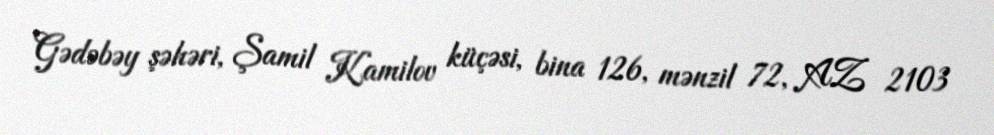
Gədəbəy şəhəri, Şamil Kamilov küçəsi, bina 126, mənzil 72, AZ 2103